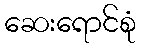
ဆေးရောင်စုံ